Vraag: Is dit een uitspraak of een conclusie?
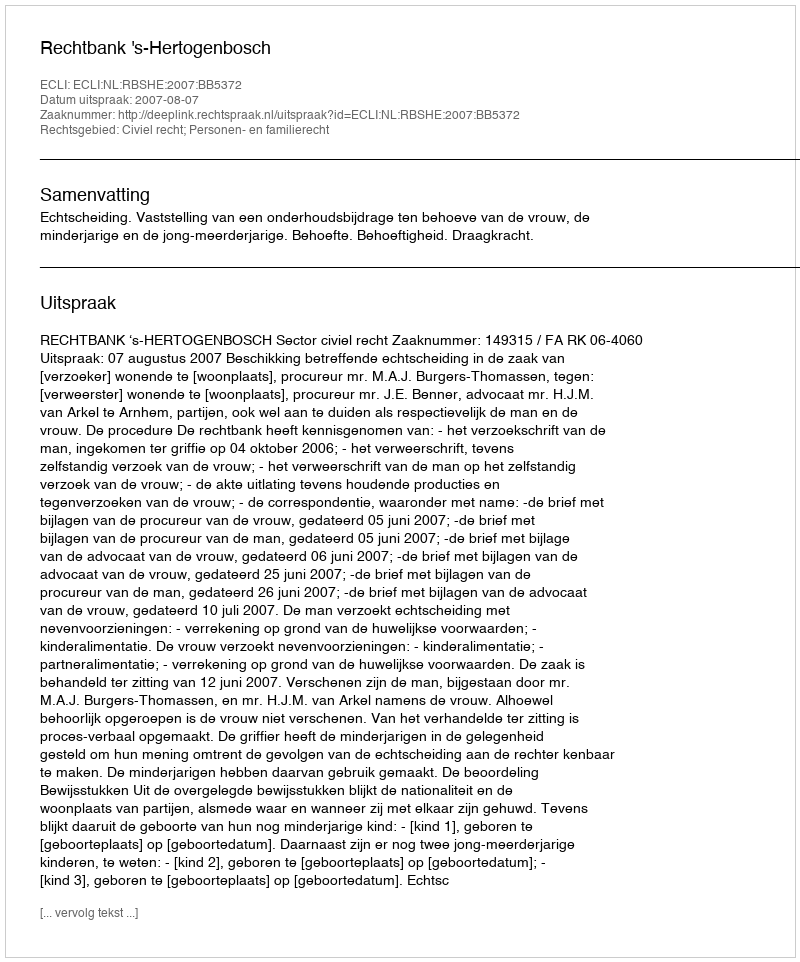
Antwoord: Uitspraak